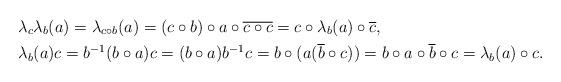
LaTeX: \begin{align*}&\lambda_c\lambda_b(a)=\lambda_{c\circ b}(a)=(c\circ b)\circ a\circ\overline{c\circ c}=c\circ\lambda_b(a)\circ\overline{c},\\&\lambda_b(a)c=b^{-1}(b\circ a)c=(b\circ a)b^{-1}c=b\circ(a(\overline{b}\circ c))=b\circ a\circ\overline{b}\circ c=\lambda_b(a)\circ c.\end{align*}